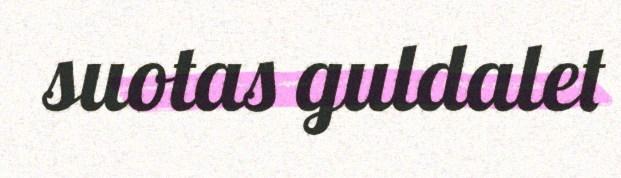
suotas guldalet